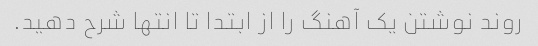
روند نوشتن یک آهنگ را از ابتدا تا انتها شرح دهید.